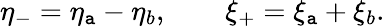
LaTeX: \eta_{-}=\eta_{\mathtt{a}}-\eta_{b},\qquad\xi_{+}=\xi_{\mathtt{a}}+\xi_{b}.